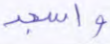
واسجد